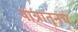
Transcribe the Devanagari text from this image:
पात्रातूनच